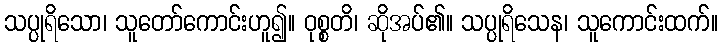
သပ္ပုရိသော၊ သူတော်ကောင်းဟူ၍။ ဝုစ္စတိ၊ ဆိုအပ်၏။ သပ္ပုရိသေန၊ သူကောင်းထက်။